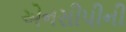
એનસીપીની